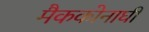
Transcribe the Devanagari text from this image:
मैककोनाघी